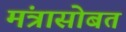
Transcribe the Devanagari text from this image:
मंत्रासोबत